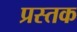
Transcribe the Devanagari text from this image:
प्रस्तक